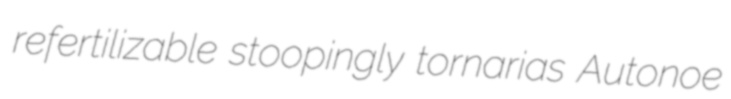
refertilizable stoopingly tornarias Autonoe